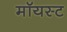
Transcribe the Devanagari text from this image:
मॉयस्ट